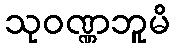
သုဝဏ္ဏဘူမိ